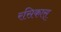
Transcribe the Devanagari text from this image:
रसिकास्